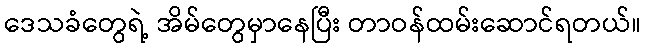
ဒေသခံတွေရဲ့ အိမ်တွေမှာနေပြီး တာဝန်ထမ်းဆောင်ရတယ်။